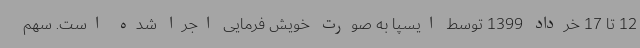
12 تا 17 خرداد 1399 توسط ایسپا به صورت خویش فرمایی اجرا شده است. سهم